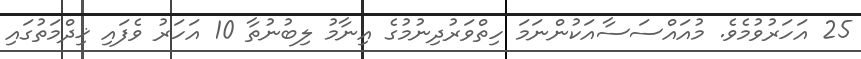
25 އަހަރުވުމެވެ. މުއައްސަސާއަކުންނަމަ ހިތްވަރުދިނުމުގެ އިނާމު ލިބުނުތާ 10 އަހަރު ވެފައި ޚިދްމަތުގައި